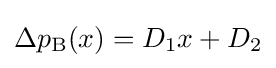
\Delta p_{\text{B}}(x)=D_{1}x+D_{2}